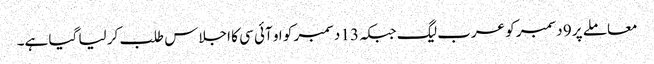
معاملے پر 9 دسمبر کو عرب لیگ جبکہ 13 دسمبر کو او آئی سی کا اجلاس طلب کر لیا گیا ہے۔